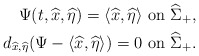
\begin{align*}\mbox{$\Psi(t,\widehat x,\widehat \eta)=\langle\widehat x,\widehat \eta\rangle$ on $\widehat\Sigma_+$},\\\mbox{$d_{\widehat x,\widehat\eta}(\Psi-\langle\widehat x,\widehat\eta\rangle)=0$ on $\widehat\Sigma_+$}.\end{align*}